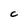
Character: C